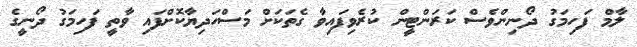
ލާމް ފަހިމަގު ދޯނިންވެސް ކަރަންޓީން ކުރެވިފައިވާ ގެތަކަށް މަސްހަދިޔާކޮށްފައި ވާތީ ފަހިމަގު ދޯނީގެ